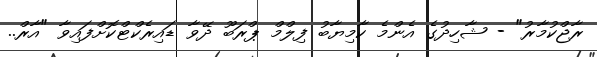
ރާޖްކުމާރު" - ޝާހިދުގެ އެންމެ ކާމިޔާބު ފިލްމް ޕްރަބޫ ދޭވާ ޑައިރެކްޓްކޮށްފައިވާ "އާރް..